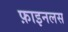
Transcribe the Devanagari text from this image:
फ़ाइनलस